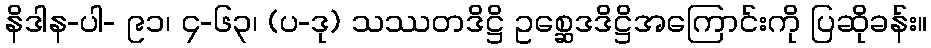
နိဒါန-ပါ- ၉၁၊ ၄-၆၃၊ (ပ-ဒု) သဿတဒိဋ္ဌိ ဥစ္ဆေဒဒိဋ္ဌိအကြောင်းကို ပြဆိုခန်း။